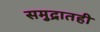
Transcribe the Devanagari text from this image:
समुद्रातही